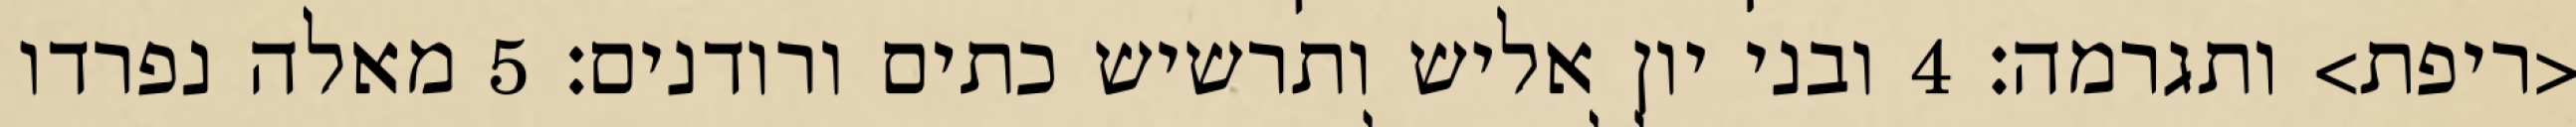
<ריפת> ותגרמה׃ ‎4‏ ובני יון אליש ותרשיש כתים ורודנים׃ ‎5‏ מאלה נפרדו